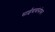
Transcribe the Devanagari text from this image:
साईंबाबांसोबत